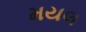
મયલ